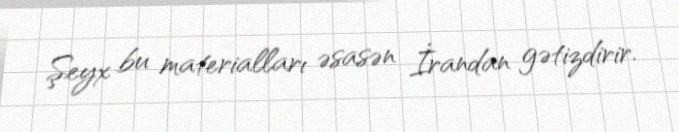
Şeyx bu materialları əsasən İrandan gətizdirir.